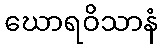
ဃောရဝိသာနံ